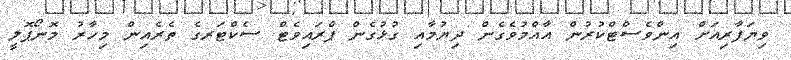
ވިޔަފާރިއަށް އިންވެސްޓްކުރުން އާއްމުވެގެން ދިޔުމާއި ގުޅުގެން ޕްރައިވެޓް ސެކްޓަރގެ ތެރެއިން މިހާރު މޮނޯޕޮލީ